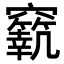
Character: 𥨼